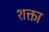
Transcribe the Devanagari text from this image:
शक्ता